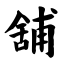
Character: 舖